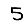
Digit: 5